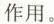
作用。